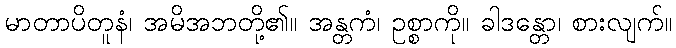
မာတာပိတူနံ၊ အမိအဘတို့၏။ အန္တကံ၊ ဥစ္စာကို။ ခါဒန္တော၊ စားလျက်။